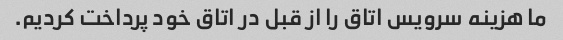
ما هزینه سرویس اتاق را از قبل در اتاق خود پرداخت کردیم.